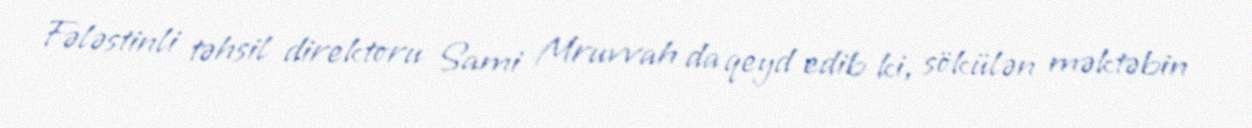
Fələstinli təhsil direktoru Sami Mruvvah da qeyd edib ki, sökülən məktəbin